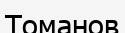
Томанов